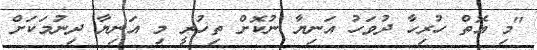
"މި އޮތް ހުރިހާ ދުވަހު އަނިޔާ ނުކޮށް ތިހުރީ މި އަނިޔާ ދިނުމަކަށް